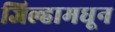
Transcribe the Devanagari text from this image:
जिल्हामधून